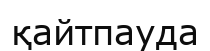
қайтпауда